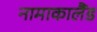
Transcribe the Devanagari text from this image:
नामाकालैंड